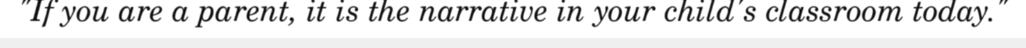
"If you are a parent, it is the narrative in your child's classroom today."